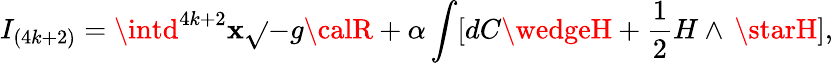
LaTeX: I_{(4k+2)}=\intd^{4k+2}\mathbf{x}\sqrt{}{{-g}}{\calR}+\alpha\int[dC\wedgeH+{\frac{{1}}{{2}}}H\wedge\, \starH],